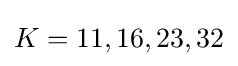
K=11,16,23,32